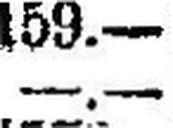
—.—